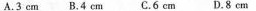
A.3cm B.4cm C.6cm D.8cm